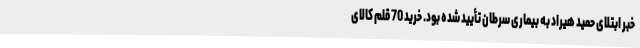
خبر ابتلای حمید هیراد به بیماری سرطان تأیید شده بود. خرید 70 قلم کالای